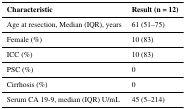
<table><thead><tr><td><b>Characteristic</b></td><td><b>Result (n = 12)</b></td></tr></thead><tbody><tr><td>Age at resection, Median (IQR), years</td><td>61 (51–75)</td></tr><tr><td>Female (%)</td><td>10 (83)</td></tr><tr><td>ICC (%)</td><td>10 (83)</td></tr><tr><td>PSC (%)</td><td>0</td></tr><tr><td>Cirrhosis (%)</td><td>0</td></tr><tr><td>Serum CA 19-9, median (IQR) U/mL</td><td>45 (5–214)</td></tr></tbody></table>